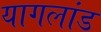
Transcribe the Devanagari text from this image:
यागलांड